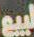
لبيع